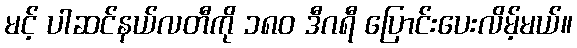
မင့် ပါဆင်နယ်လတီကို ၁၈၀ ဒီဂရီ ပြောင်းပေးလိမ့်မယ်။